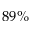
8 9 \%